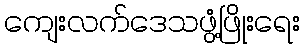
ကျေးလက်ဒေသဖွံ့ဖြိုးရေး